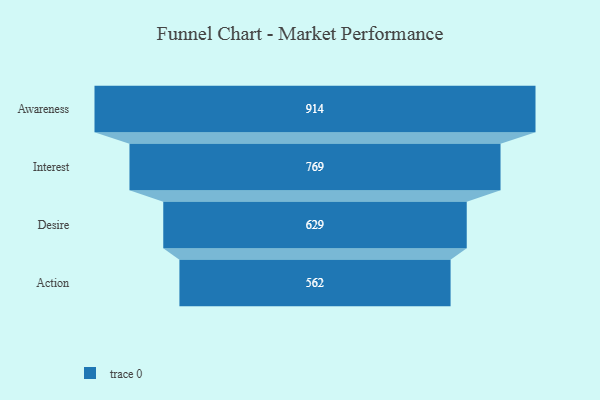
{"axis": {"x": "Stage", "y": "Value"}, "legend": [""], "data": [{"x": "Awareness", "y": 914.0, "type": ""}, {"x": "Interest", "y": 769.0, "type": ""}, {"x": "Desire", "y": 629.0, "type": ""}, {"x": "Action", "y": 562.0, "type": ""}]}